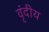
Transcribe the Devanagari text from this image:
वृंदीय